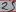
Text: 25